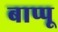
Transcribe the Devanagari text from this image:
बाप्पू